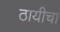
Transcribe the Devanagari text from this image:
ठायीचा